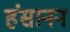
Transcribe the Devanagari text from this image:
हंसानन